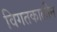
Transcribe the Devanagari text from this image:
विगतकालीन